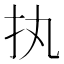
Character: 执